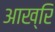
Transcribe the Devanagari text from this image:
आख्रि